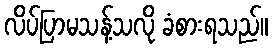
လိပ်ပြာမသန့်သလို ခံစားရသည်။